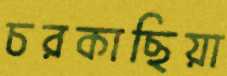
চরকাছিয়া